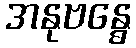
အနုဗန္ဓေ